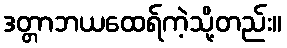
ဒတ္တာဘယထေရ်ကဲ့သို့တည်း။